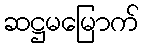
ဆဋ္ဌမမြောက်